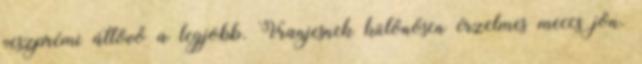
veszprémi átlövő a legjobb. Vranjesnek különösen érzelmes meccs jön.